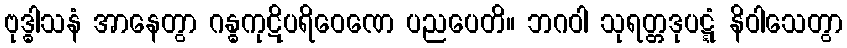
ဗုဒ္ဓါသနံ အာနေတွာ ဂန္ဓကုဋိပရိဝေဏေ ပညပေတိ။ ဘဂဝါ သုရတ္တဒုပဋ္ဋံ နိဝါသေတွာ